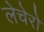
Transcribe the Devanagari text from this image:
लेचेरो